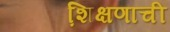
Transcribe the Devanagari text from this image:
शि़क्षणाची